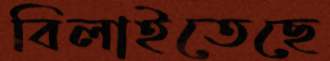
বিলাইতেছে